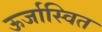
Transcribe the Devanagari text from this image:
ऊर्जास्वित